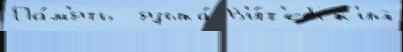
Па́м'ять  языка́ В'и́т'ебск'ий